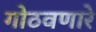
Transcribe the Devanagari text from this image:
गोठवणारे